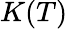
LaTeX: K(T)